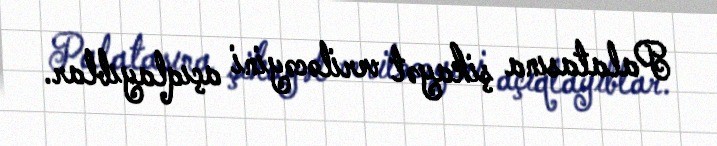
Palatasına şikayət veriləcəyini açıqlayıblar.